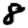
Digit: 8